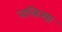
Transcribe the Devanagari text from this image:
नलिन्या